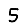
Digit: 5